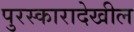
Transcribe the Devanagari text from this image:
पुरस्कारादेखील